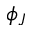
\phi _ { J }